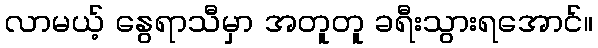
လာမယ့် နွေရာသီမှာ အတူတူ ခရီးသွားရအောင်။